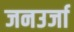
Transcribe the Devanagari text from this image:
जनउर्जा